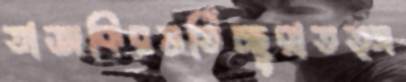
তাজকিরভর্তিচ্ছুরাতত্স